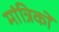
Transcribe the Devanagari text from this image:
मांत्रिकों